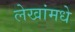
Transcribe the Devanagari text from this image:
लेखांमधे